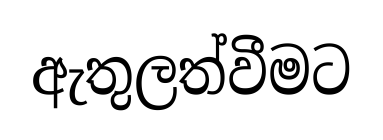
ඇතුලත්වීමට